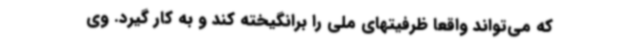
که می‌تواند واقعا ظرفیتهای ملی را برانگیخته کند و به کار گیرد. وی